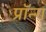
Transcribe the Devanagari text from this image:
प्रॉन्ग